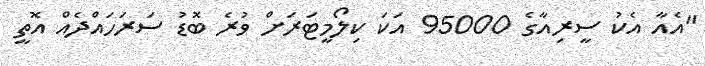
"އެއާ އެކު ސީރިއާގެ 95000 އަކަ ކިލޯމީޓަރަށް ވުރެ ބޮޑު ސަރަހައްދެއް އޮތީ